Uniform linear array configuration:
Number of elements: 16
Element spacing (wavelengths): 0.75
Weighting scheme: hamming
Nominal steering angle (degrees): -15
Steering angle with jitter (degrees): -13.373
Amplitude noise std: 0.05
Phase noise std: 0.05

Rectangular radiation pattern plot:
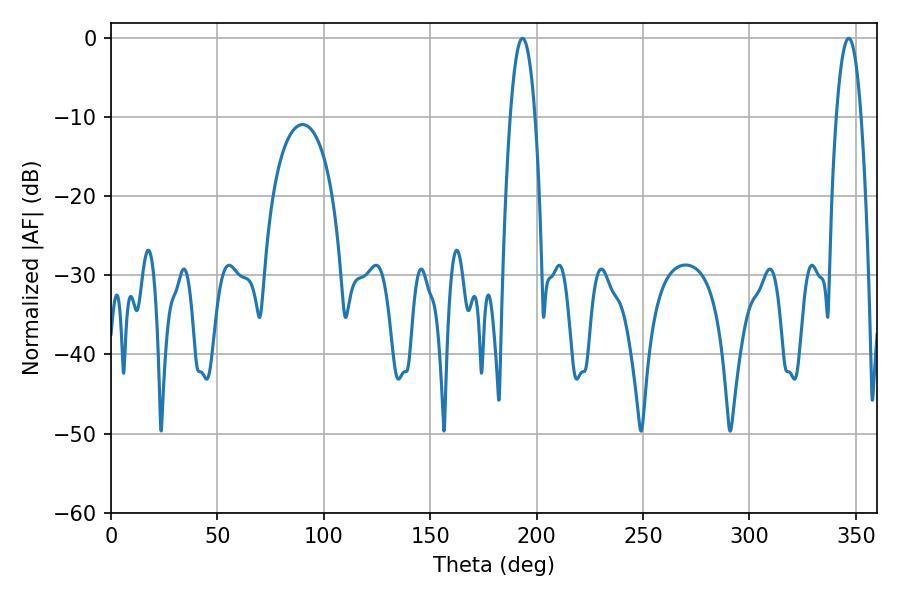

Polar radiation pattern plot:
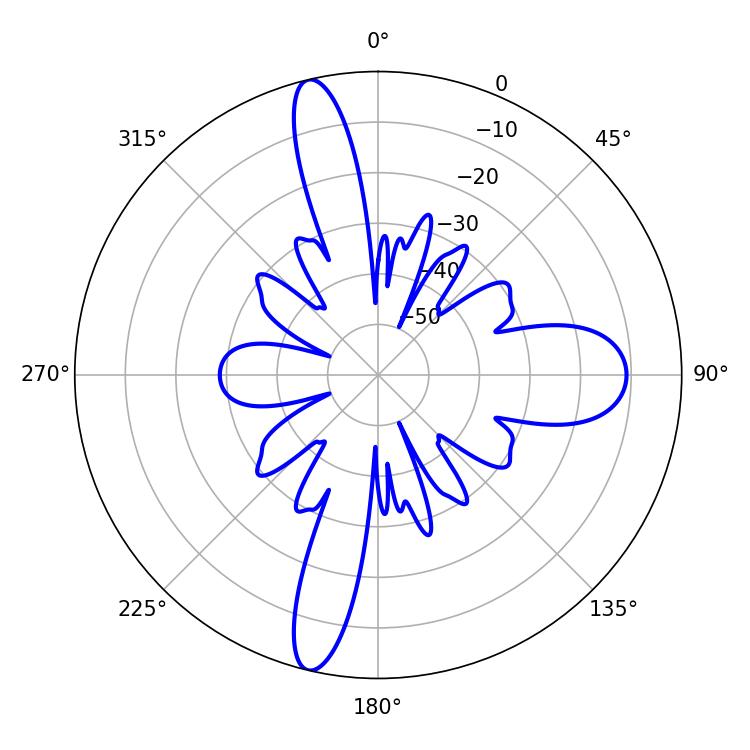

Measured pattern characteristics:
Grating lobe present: TRUE
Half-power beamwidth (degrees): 6.48
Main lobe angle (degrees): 193.32